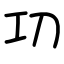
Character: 㓛